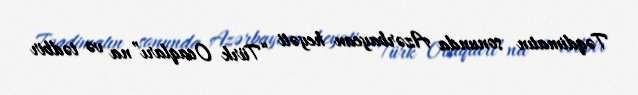
Təqdimatın sonunda Azərbaycan heyəti “Türk Ocaqları”na və tədbir